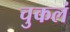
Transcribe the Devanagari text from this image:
चुकलं